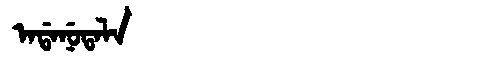
Manchu: ᠠᡩᠠᠨᡠᡨᠠᠯᠠ
Romanization: ADANUTALA